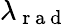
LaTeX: \lambda_{\mathrm{~r~a~d~}}